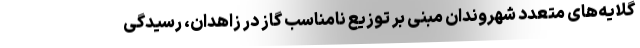
گلایه‌های متعدد شهروندان مبنی بر توزیع نامناسب گاز در زاهدان، رسیدگی